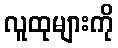
လူထုများကို